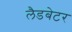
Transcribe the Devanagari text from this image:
लैडबेटर